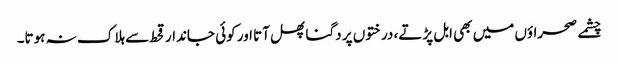
چشمے صحراؤں میں بھی ابل پڑتے، درختوں پر دگنا پھل آتا اور کوئی جاندار قحط سے ہلاک نہ ہوتا۔